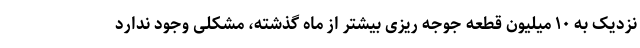
نزدیک به ۱۰ میلیون قطعه جوجه ریزی بیشتر از ماه گذشته، مشکلی وجود ندارد